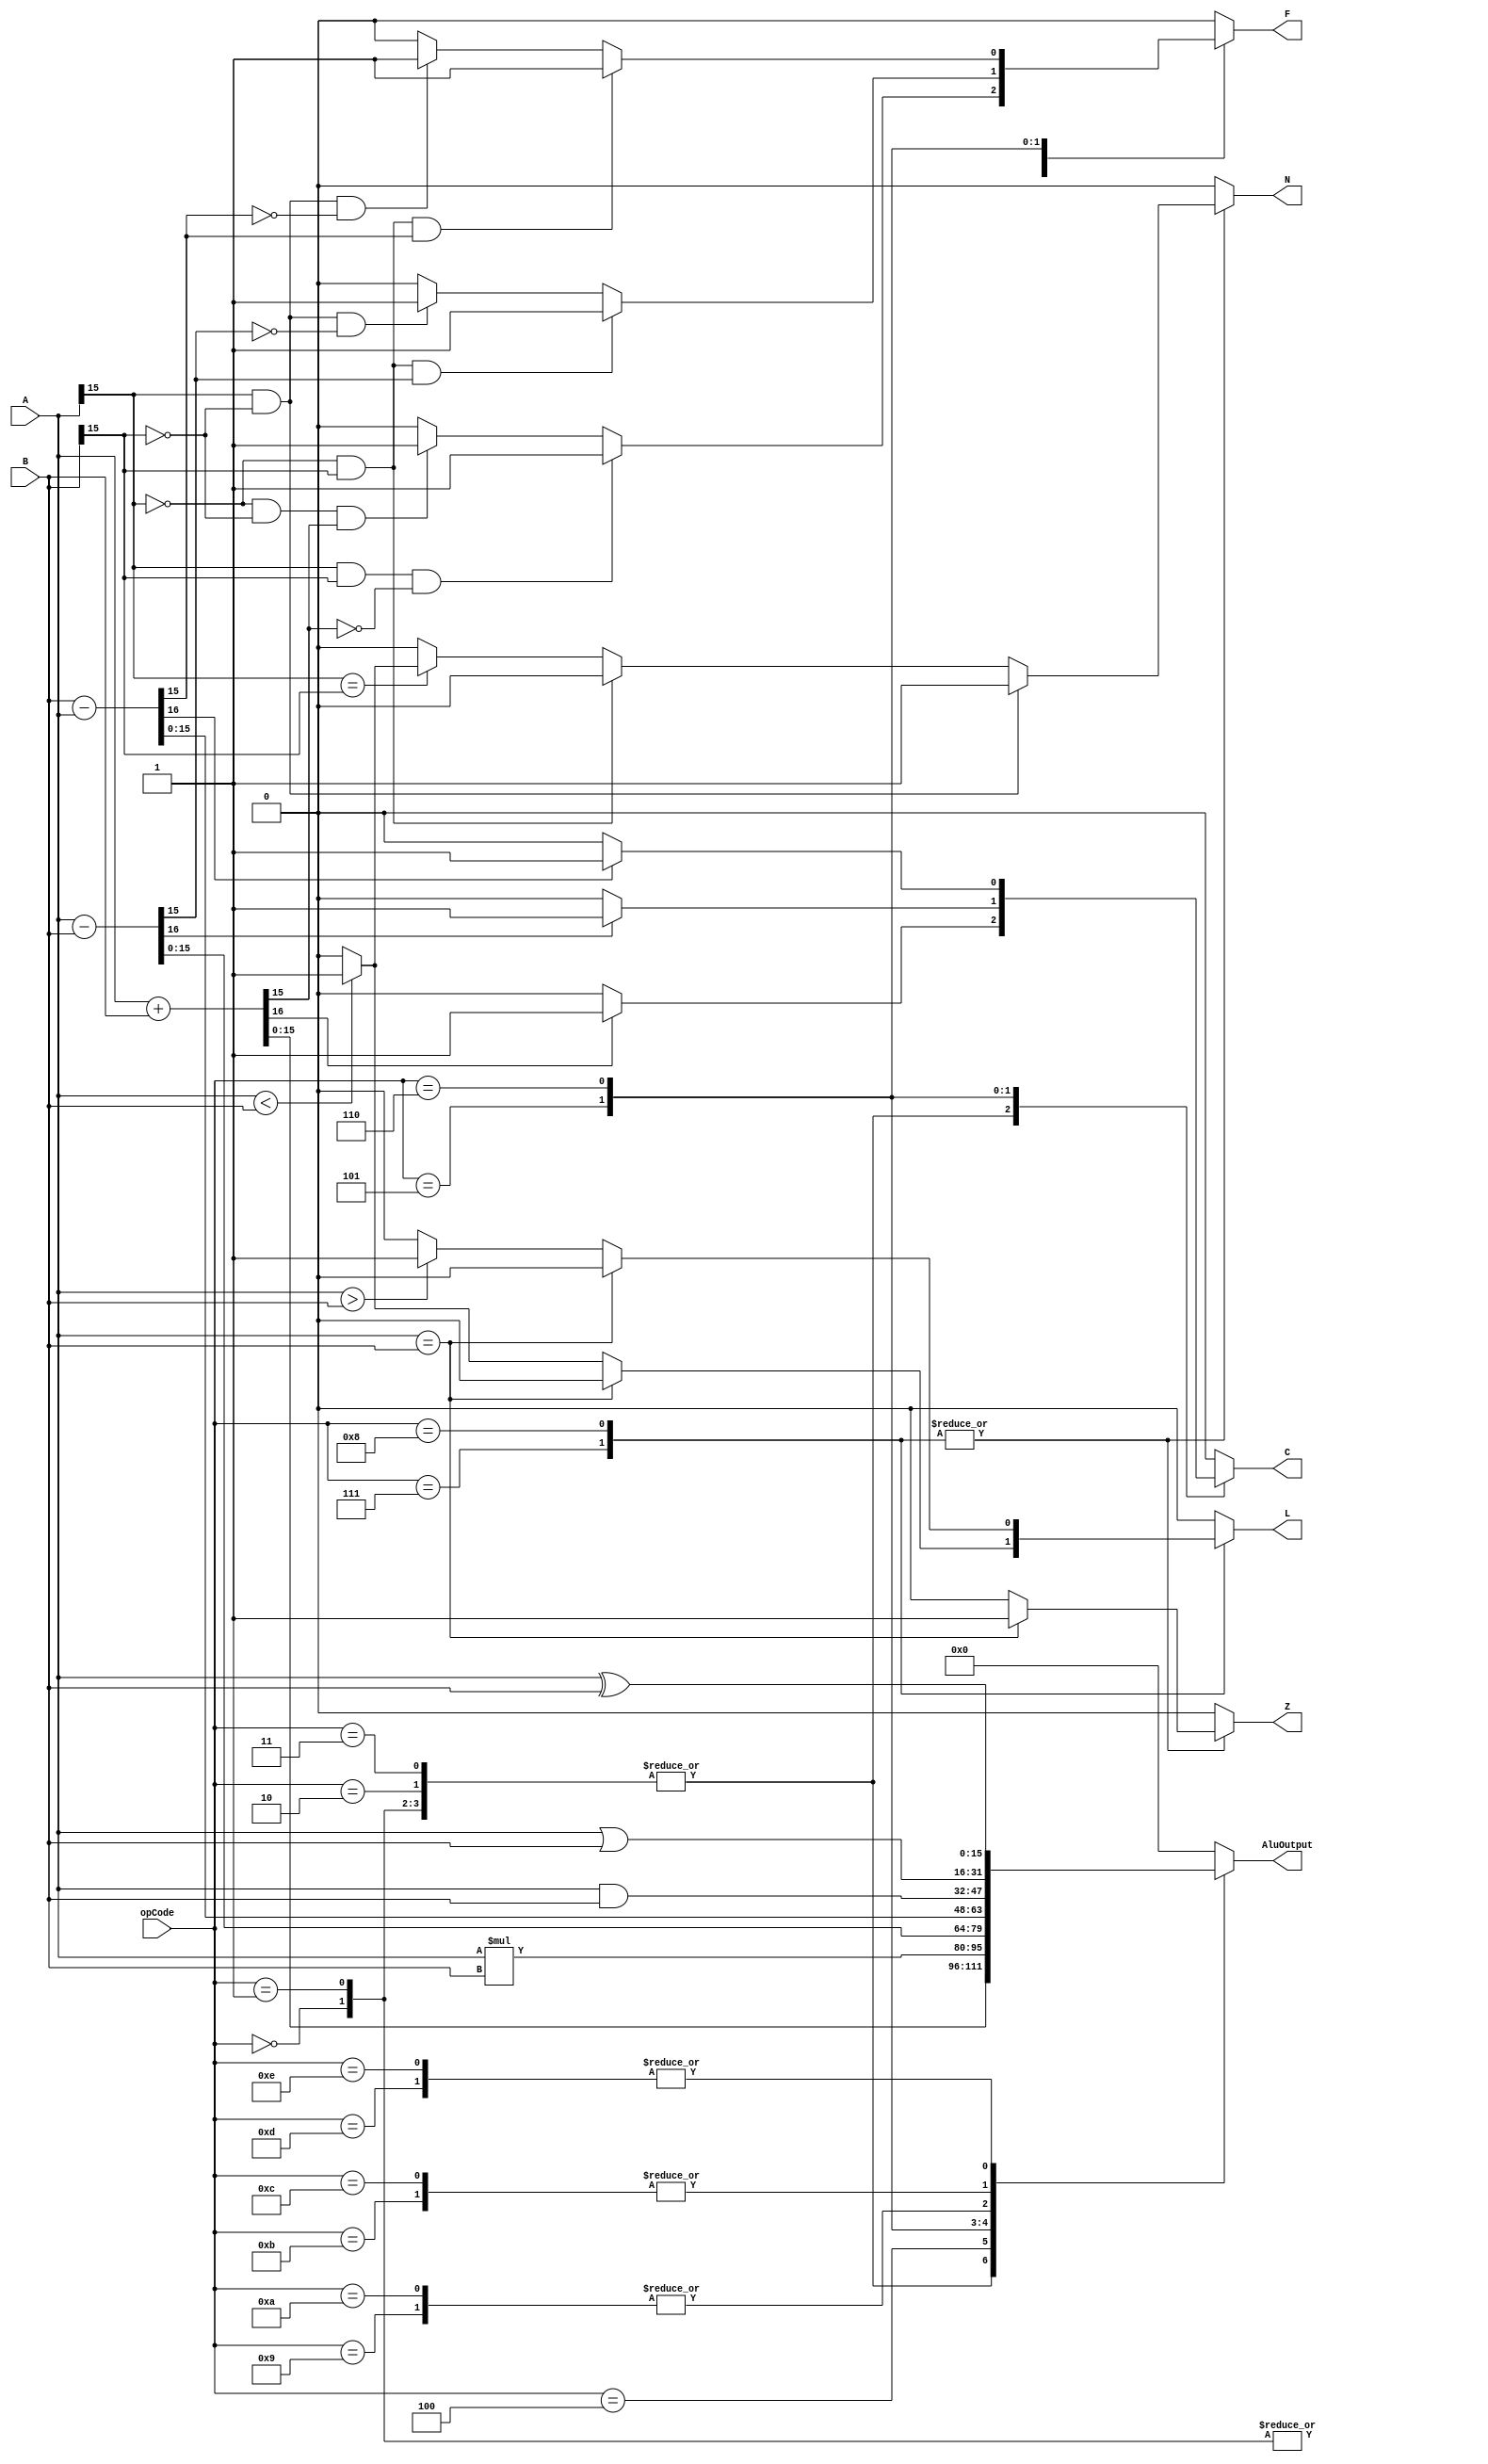

// from the regfile, the alu takes care of the arithmetic and logical operations
	module ALU #(parameter WIDTH = 16) (A, B, opCode, L, C, Z, N, F, AluOutput); // 19 operations 
	
	input [WIDTH-1:0] A,B;
	
	input [3:0] opCode;
	
	
	reg [WIDTH:0] result; 
	
	output reg [WIDTH-1:0] AluOutput; 
	output reg L,C, Z, N, F; //Co is our carry flag 
	
	parameter[4:0] ADD = 5'b00000, ADDI = 5'b00001, ADDU = 5'b00010, ADDUI = 5'b00011, MUL = 5'b00100, SUB = 5'b00101, SUBI = 5'b00110, 
	CMP = 5'b00111, CMPI = 5'b01000, AND = 5'b01001, ANDI = 5'b01010, OR = 5'b01011, ORI = 5'b01100, XOR = 5'b01101, XORI = 5'b01110; 
	
	always @ (*) begin 
	
	AluOutput = 16'd0; // setting up the output 0 to start off to avoid inverted latches. 
	L=0;
	C=0;
	Z=0;
	N=0;
	F=0;
	result=17'd0;
	
	case(opCode) 
	
	ADD: begin 
	result = A + B;
	AluOutput = result[15:0];
	if(result[WIDTH] == 1'b1)//check for overflow 
		C = 1'b1;
	else 
		C = 1'b0;
	if(A[15] == 1'b1 && B[15] == 1'b1 && AluOutput[15] == 1'b0)
		F = 1'b1;
	else if(A[15] == 1'b0 && B[15] == 1'b0 && AluOutput[15] == 1'b1)
		F = 1'b1;
	else 
		F = 1'b0;
	end
	
	ADDI: begin 
	result = B + A;
	AluOutput = result[15:0];
	if(result[WIDTH] == 1'b1)
		C = 1'b1;
	else 
	C = 1'b0;
	if(A[15] == 1'b1 && B[15] == 1'b1 && AluOutput[15] == 1'b0)//check for overflow 
		F = 1'b1;
	else if(A[15] == 1'b0 && B[15] == 1'b0 && AluOutput[15] == 1'b1)//check for over flow 
		F = 1'b1;
	else 
		F = 1'b0;
	end
	
	ADDU: begin 
	result = A + B;
	AluOutput = result[15:0];
	if(result[WIDTH] == 1'b1)//check for a carry 
		C = 1'b1;
	else 
		C = 1'b0;
	end
	
	ADDUI: begin 

	result = B + A;
	AluOutput = result[15:0];
	if(result[WIDTH] == 1'b1)//check for carry 
		C = 1'b1;
	else 
		C = 1'b0;
	end
	
	MUL: begin 
	AluOutput = A * B;
	end
	
	SUB:begin 
	result = A - B;
	AluOutput = result[15:0];
	if(result[WIDTH] == 1'b1)//check for carry 
		C = 1'b1;
	else 
		C = 1'b0;
	if(A[15] == 1'b0 && B[15] == 1'b1 && AluOutput[15] == 1'b1)//check for overflow 
		F = 1'b1;
	else if(A[15] == 1'b1 && B[15] == 1'b0 && AluOutput[15] == 1'b0)//check for overflow 
		F = 1'b1;
	else 
		F = 1'b0;
	end
	
	SUBI:begin 

	result = B-A;
	AluOutput = result[15:0];
	if(result[WIDTH] == 1'b1)//check for carry 
		C = 1'b1;
	else 
		C = 1'b0;
	if(A[15] == 1'b0 && B[15] == 1'b1 && AluOutput[15] == 1'b1)//check for overflow
		F = 1'b1;
	else if(A[15] == 1'b1 && B[15] == 1'b0 && AluOutput[15] == 1'b0)//check for overflow 
		F = 1'b1;
	else 
		F = 1'b0;
	end
	
	CMP:begin 
	if(A==B)//check if equal
		Z=1'b1;
	else if(A<B)//check if less than 
		L = 1'b1;
	else if(A>B)
		L= 1'b0;
	if(A[15] == 1'b1 && B[15] == 1'b0)//check if is not less than 
		N = 1'b1;
	else if(A[15] == 1'b0 && B[15] == 1'b1)//check if it is not less than 
		N = 1'b0;
	else if(A[15] == B[15])begin 
			if(A<B)
				N = 1'b1;
			else if(A>B)
				N= 1'b0;
		end 
	end
	
	CMPI:begin 
	if(A==B)//check if equal
		Z=1'b1;
	else if(A>B)//check if greater 
		L = 1'b1;
	else if(A<B)//check if less tahn 
		L= 1'b0;
	if(A[15] == 1'b1 && B[15] == 1'b0)//check for the neg flag 
		N = 1'b1;
	else if(A[15] == 1'b0 && B[15] == 1'b1)//check for the neg flag 
		N = 1'b0;
	else if(A[15] == B[15])begin 
			if(A<B)
				N = 1'b1;
			else if(A>B)
				N= 1'b0;
		end 
	end
	

	
	AND:begin 
	AluOutput = A&B;
	end
	
	ANDI:begin 

	AluOutput = A&B;
	end
	
	OR:begin 
	AluOutput = A|B;
	end
	
	ORI:begin

	AluOutput = A|B;
	end
	
	XOR:begin 
	AluOutput = A^B;
	end
	
	XORI:begin 

	AluOutput = A^B;
	end
	
	
	default:begin 
	AluOutput = 16'd0; // setting up the output 0 to start off to avoid inverted latches. 
	L=0;
	C=0;
	Z=0;
	N=0;
	F=0;
	result=17'd0;
	end 
	
	endcase 
	
	end 
	
	endmodule